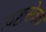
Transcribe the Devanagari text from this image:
त्वष्टासेवक